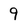
Character: 9